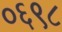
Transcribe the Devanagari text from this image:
०६९८